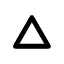
\pmb { \triangle }